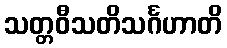
သတ္တဝီသတိသင်္ဂဟာတိ